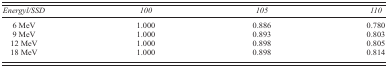
<table><thead><tr><td><b><i>Energyl/SSD</i></b></td><td><b><i>100</i></b></td><td><b><i>105</i></b></td><td><b><i>110</i></b></td></tr></thead><tbody><tr><td>6 MeV</td><td>1.000</td><td>0.886</td><td>0.780</td></tr><tr><td>9 MeV</td><td>1.000</td><td>0.893</td><td>0.803</td></tr><tr><td>12 MeV</td><td>1.000</td><td>0.898</td><td>0.805</td></tr><tr><td>18 MeV</td><td>1.000</td><td>0.898</td><td>0.814</td></tr></tbody></table>